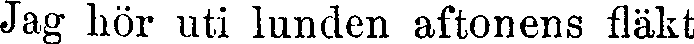
Jag hör uti lunden aftonens fläkt